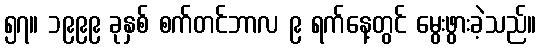
၅၇။ ၁၉၉၉ ခုနှစ် စက်တင်ဘာလ ၉ ရက်နေ့တွင် မွေးဖွားခဲ့သည်။